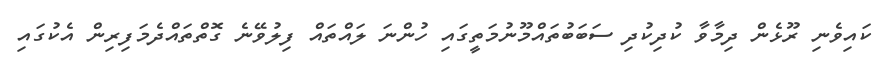
ކައިވެނި ރޫޅެން ދިމާވާ ކުދިކުދި ސަބަބުތައްމޫނުމަތީގައި ހުންނަ ލައްތައް ފިލުވޭނެ ގޮތްތައްދެމަފިރިން އެކުގައި